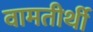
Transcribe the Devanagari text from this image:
वामतीर्थी